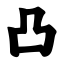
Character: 凸